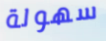
سهولة